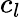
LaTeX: c_{l}